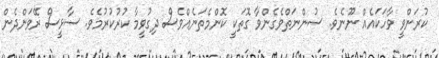
ކުރަންވީ ވާހަކައެއް ނޫނެވެ. ސުންނަތްވެގެންވާ ގޮތަކީ ކޮންމެތަނެއްވެސް ދިގުވީމާ ކުރުކުރުމެވެ. ސާޅީސް ރޭވަންދެން